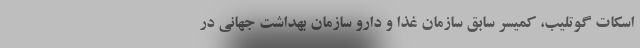
اسکات گوتلیب، کمیسر سابق سازمان غذا و دارو سازمان بهداشت جهانی در